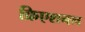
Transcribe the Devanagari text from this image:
क्रिएशनल